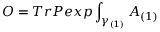
{ \cal O } = T r P e x p \int _ { \gamma _ { ( 1 ) } } A _ { ( 1 ) }